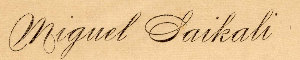
Miguel Saikali